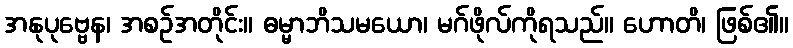
အနုပုဗ္ဗေန၊ အစဉ်အတိုင်း။ ဓမ္မာဘိသမယော၊ မဂ်ဖိုလ်ကိုရသည်။ ဟောတိ၊ ဖြစ်၏။